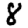
Digit: 8